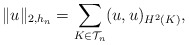
\begin{align*} \|u\|_{2, h_n} = \sum_{K \in \mathcal{T}_n} (u, u)_{H^2(K)},\end{align*}